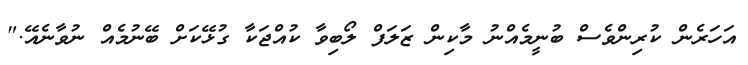
އަހަރެން ކުރިންވެސް ބުނީމެއްނު މާކިން ޒަލަފް ލޯބިވާ ކުއްޖަކާ ގުޅޭކަށް ބޭނުމެއް ނުވާނެއޭ."